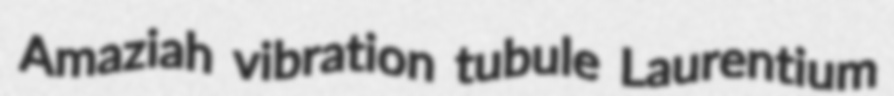
Amaziah vibration tubule Laurentium